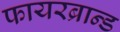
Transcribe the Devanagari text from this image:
फायरब्रान्ड